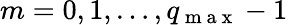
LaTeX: m=0,1,\ldots,q_{\mathrm{~m~a~x~}}-1